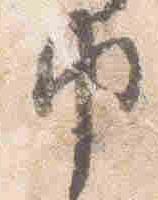
巾